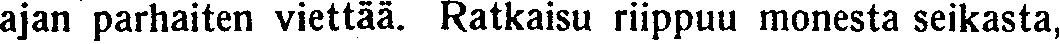
ajan parhaiten viettää. Ratkaisu riippuu monesta seikasta,